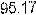
95.17